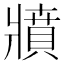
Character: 𤖘